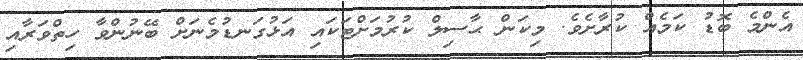
އެންމެ ބޮޑު ކަމެއް ކުރާށެވެ. މިކަން ޙާސިލް ކުރުމަށްޓަކައި އަޅުގަނޑުމެނަށް ބޭނުންވާ ހިތްވަރާއި